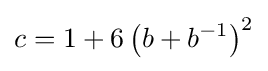
c=1+6\left(b+b^{-1}\right)^{2}